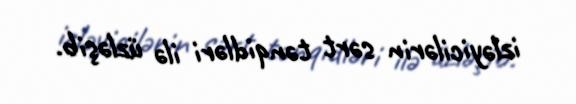
izləyicilərin sərt tənqidləri ilə üzləşib.